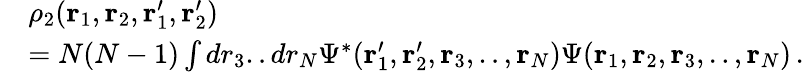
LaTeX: \begin{array}{rl}&{\rho_{2}({\mathbf r}_{1},{\mathbf r}_{2},{\mathbf r}_{1}^{\prime},{\mathbf r}_{2}^{\prime})}\\ &{=N(N-1)\int dr_{3}..dr_{N}\Psi^{*}({\mathbf r}_{1}^{\prime},{\mathbf r}_{2}^{\prime},{\mathbf r}_{3},..,{\mathbf r}_{N})\Psi({\mathbf r}_{1},{\mathbf r}_{2},{\mathbf r}_{3},..,{\mathbf r}_{N})\, .}\end{array}